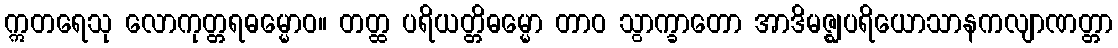
ဣတရေသု လောကုတ္တရဓမ္မောဝ။ တတ္ထ ပရိယတ္တိဓမ္မော တာဝ သွာက္ခာတော အာဒိမဇ္ဈပရိယောသာနကလျာဏတ္တာ